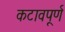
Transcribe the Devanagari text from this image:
कटावपूर्ण